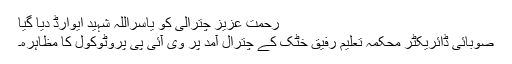
رحمت عزیز چترالی کو یاسراللہ شہید ایوارڈ دیا گیا
صوبائی ڈائریکٹر محکمہ تعلیم رفیق خٹک کے چترال آمد پر وی آئی پی پروٹوکول کا مظاہرہ۔